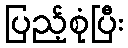
ပြည့်စုံပြီး